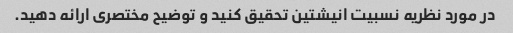
در مورد نظریه نسبیت انیشتین تحقیق کنید و توضیح مختصری ارائه دهید.